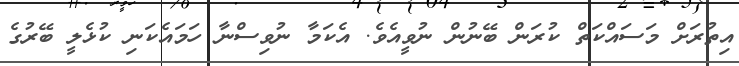
އިތުރަށް މަސައްކަތް ކުރަން ބޭނުން ނުވީއެވެ. އެކަމާ ނުވިސްނާ ހަމައެކަނި ކުޅެލީ ބޭރުގެ